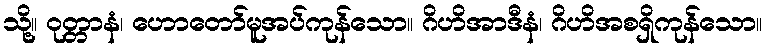
သို့။ ဝုတ္တာနံ၊ ဟောတော်မူအပ်ကုန်သော။ ဂိဟိအာဒီနံ၊ ဂိဟိအစရှိကုန်သော။